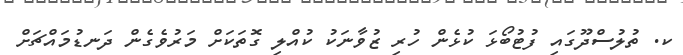
ކ. ތުލުސްދޫގައި ފުޓުބޯޅަ ކުޅެން ހުރި ޒުވާނަކު ކުއްލި ގޮތަކަށް މަރުވެގެން ދަނޑުމައްޗަށް